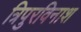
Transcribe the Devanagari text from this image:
त्रिपुरविनाश